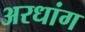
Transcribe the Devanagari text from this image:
अरधांग